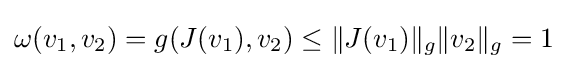
\omega (v_{1},v_{2})=g(J(v_{1}),v_{2})\leq \|J(v_{1})\|_{g}\|v_{2}\|_{g}=1